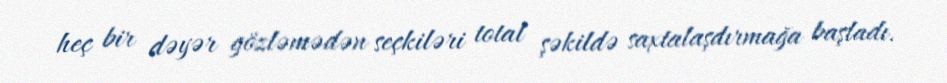
heç bir dəyər gözləmədən seçkiləri total şəkildə saxtalaşdırmağa başladı.